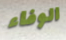
الوفاء